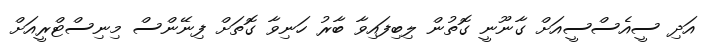
އަދި ސީއެސްސީއަށް ގާނޫނީ ގޮތުން ލިބިފައިވާ ބާރު ހަނިވާ ގޮތަށް ފިނޭންސް މިނިސްޓްރީއަށް